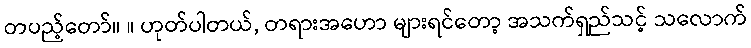
တပည့်တော်။ ။ ဟုတ်ပါတယ်, တရားအဟော များရင်တော့ အသက်ရှည်သင့် သလောက်